Annual report on the working of the Harcourt Butler Institute of Public Health, Rangoon
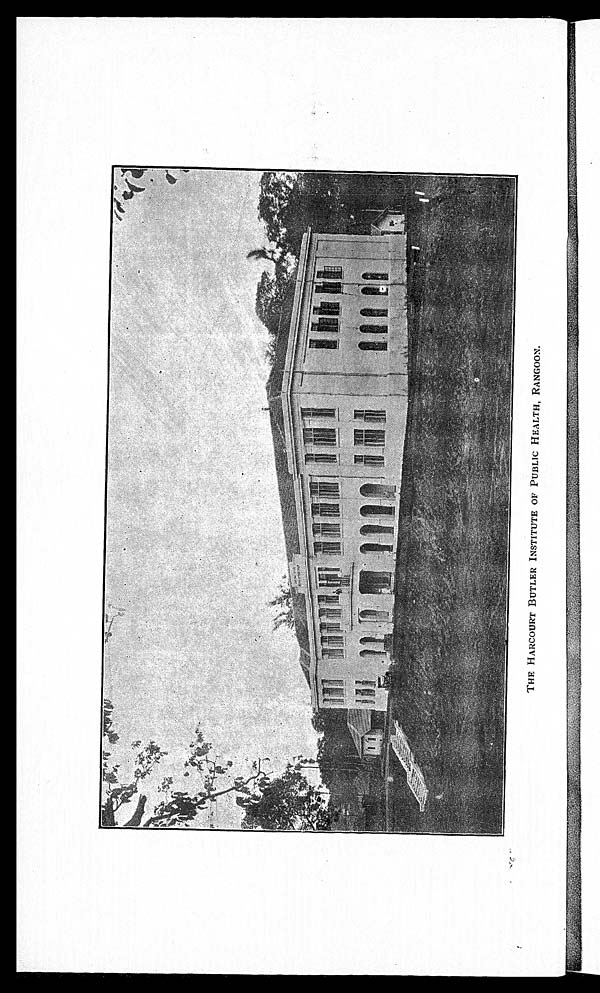
THE HARCOURT BUTLER INSTITUTE OF PUBLIC HEALTH, RANGOON.